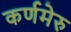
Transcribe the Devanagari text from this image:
कर्णमेरु